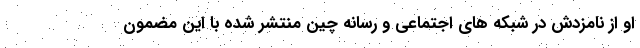
او از نامزدش در شبکه های اجتماعی و رسانه چین منتشر شده با این مضمون